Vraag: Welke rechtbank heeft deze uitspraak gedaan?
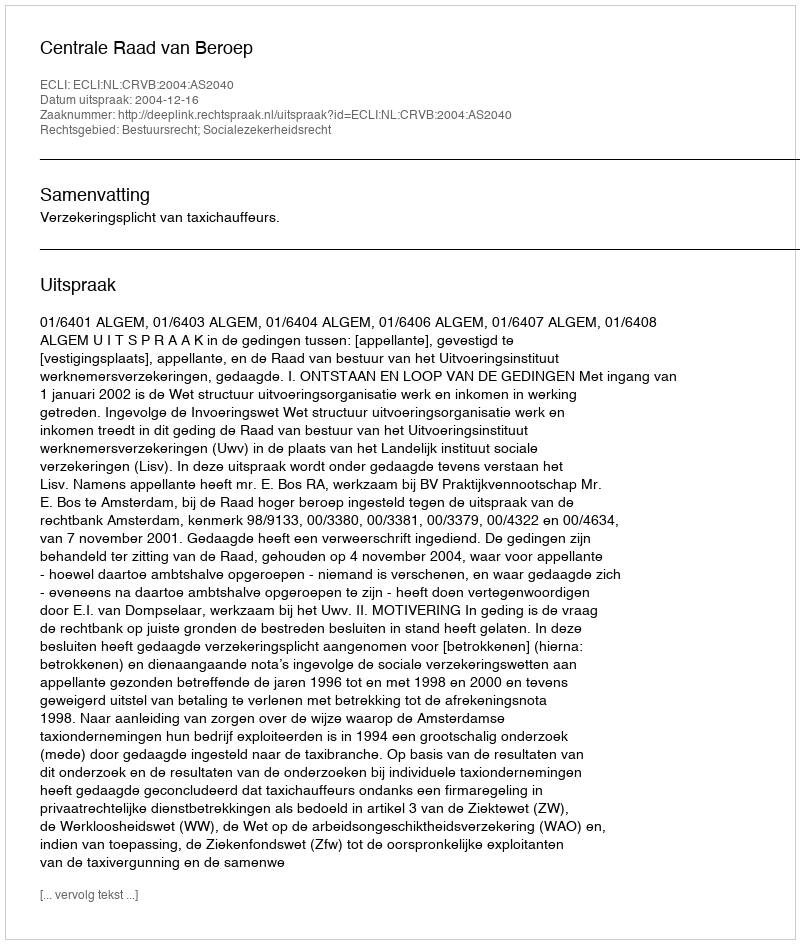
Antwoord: Centrale Raad van Beroep